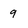
Character: g